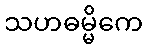
သဟဓမ္မိကေ